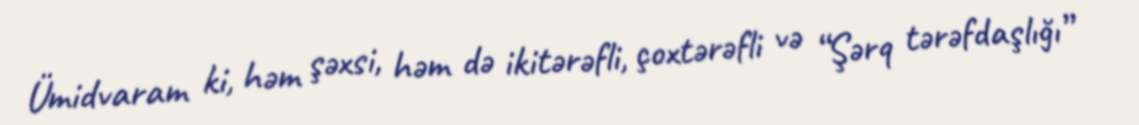
Ümidvaram ki, həm şəxsi, həm də ikitərəfli, çoxtərəfli və “Şərq tərəfdaşlığı”